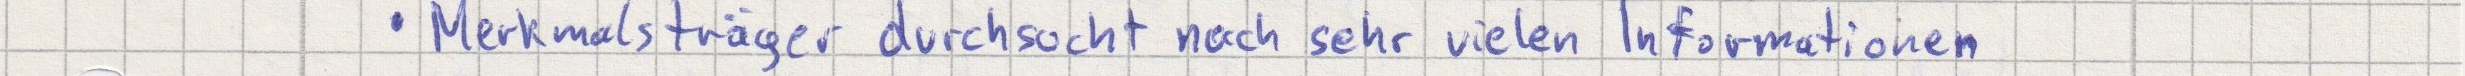
Merkmalsträger durchsucht nach sehr vielen Informationen